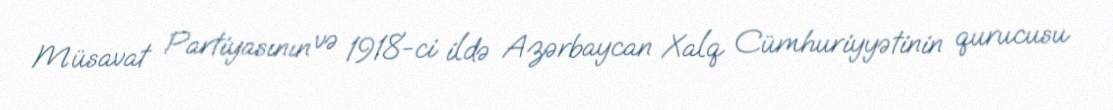
Müsavat Partiyasının və 1918-ci ildə Azərbaycan Xalq Cümhuriyyətinin qurucusu